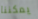
يمكننا